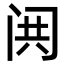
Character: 𬮢